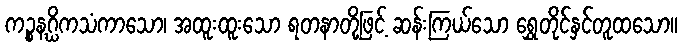
ကဉ္စနဂ္ဃိကသံကာသော၊ အထူးထူးသော ရတနာတို့ဖြင့် ဆန်းကြယ်သော ရွှေတိုင်နှင်တူထသော။